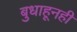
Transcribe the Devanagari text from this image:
बुधाहूनही